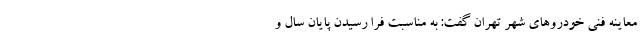
معاینه فنی خودروهای شهر تهران گفت: به مناسبت فرا رسیدن پایان سال و